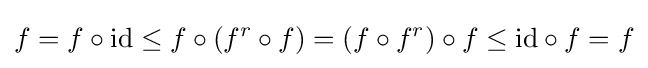
f=f\circ {\mbox{id}}\leq f\circ (f^{r}\circ f)=(f\circ f^{r})\circ f\leq {\mbox{id}}\circ f=f